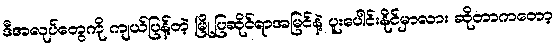
ဒီအလုပ်တွေကို ကျယ်ပြန့်တဲ့ မြို့ပြဆိုင်ရာအမြင်နဲ့ ပူးပေါင်းနိုင်မှာလား ဆိုတာကတော့